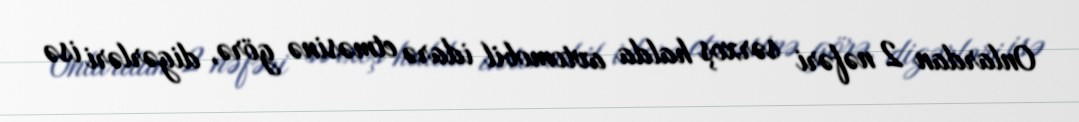
Onlardan 2 nəfəri sərxoş halda avtomobil idarə etməsinə görə, digərləri isə